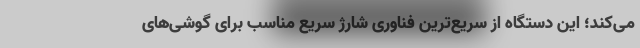
می‌کند؛ این دستگاه از سریع‌ترین فناوری شارژ سریع مناسب برای گوشی‌های